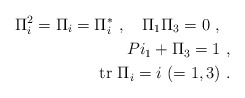
\begin{align*}\Pi^2_i=\Pi_i=\Pi^*_i\ ,\ \ \ \Pi_1\Pi_3=0\ ,\ \ \\Pi_1+\Pi_3=1\ ,\\ \ {\rm tr}\ \Pi_i=i\ (=1,3)\ .\end{align*}